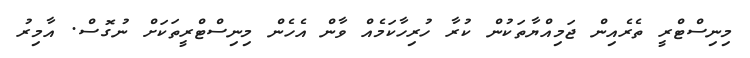
މިނިސްޓްރީ ތެރެއިން ޖަމިއްޔާތަކުން ކުރާ ހުރިހާކަމެއް ވާން އެހެން މިނިސްޓްރީތަކަށް ނުގޮސް. އާމިރު